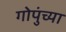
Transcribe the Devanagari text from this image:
गोपुंच्या